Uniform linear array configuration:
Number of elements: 16
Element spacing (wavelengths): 0.75
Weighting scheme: hamming
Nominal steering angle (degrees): -45
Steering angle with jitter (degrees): -44.767
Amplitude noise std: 0.05
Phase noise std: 0.05

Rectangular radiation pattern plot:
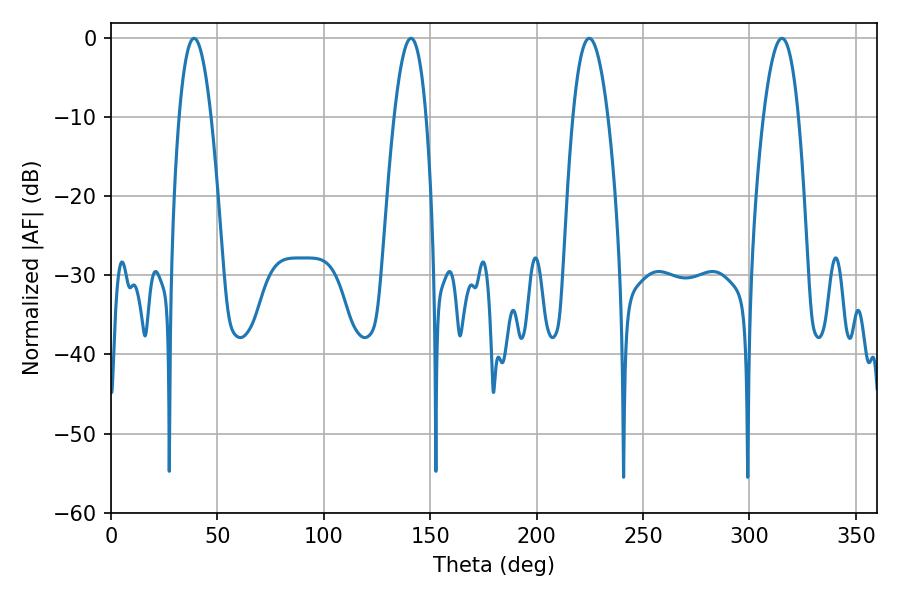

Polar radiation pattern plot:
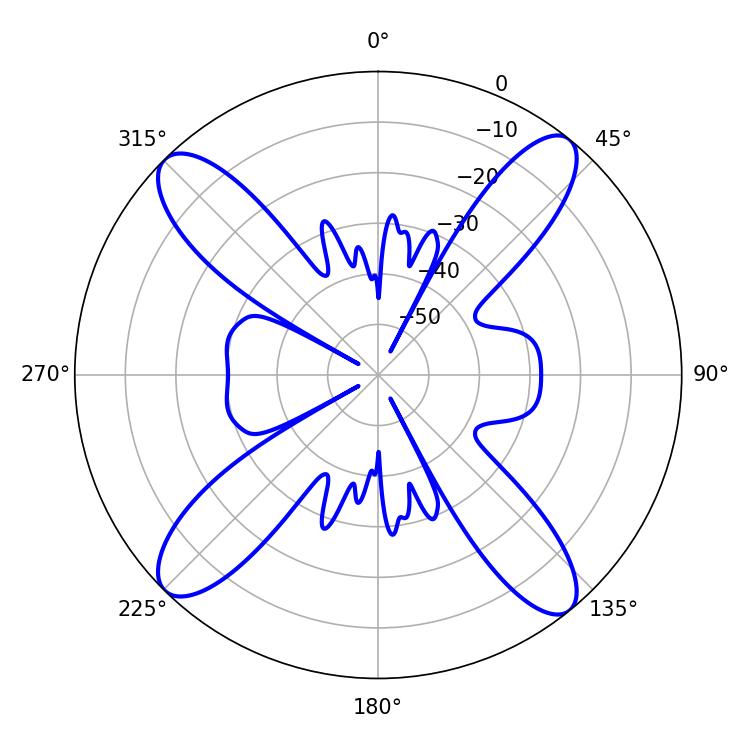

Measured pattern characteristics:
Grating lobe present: TRUE
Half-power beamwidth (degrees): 8.1
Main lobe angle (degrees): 140.94